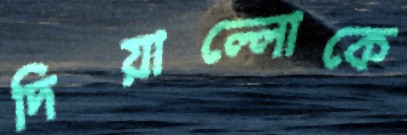
দিয়াল্লোকে